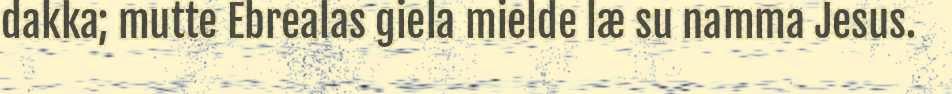
dakka; mutte Ebrealas giela mielde læ su namma Jesus.